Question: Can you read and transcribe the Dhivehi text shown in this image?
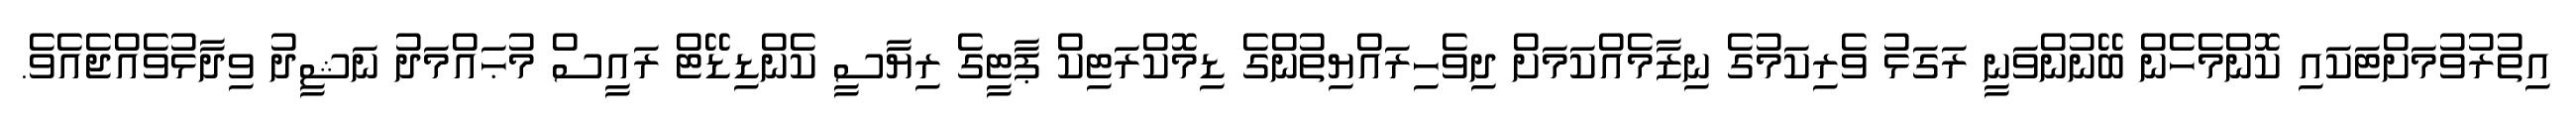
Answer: އިތުރުވުމަށްޓަކައި ކޮންމެހެން ބޭނުންވަނީ ރަގަޅު ވެރިކަމުގެ ނިޒާމެއްކަމަށް ދިވެހިރައްޔިތުންގެ ޑިމޮކްރަޓިކް ޕާޓީގެ ރިޔާސީ ކެންޑިޑޭޓް ރައީސް މުޙައްމަދު ނަޝީދު ވިދާޅުވެއްޖެއެވެ.